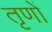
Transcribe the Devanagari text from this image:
तृणों